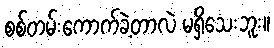
စစ်တမ်းကောက်ခဲ့တာလဲ မရှိသေးဘူး။